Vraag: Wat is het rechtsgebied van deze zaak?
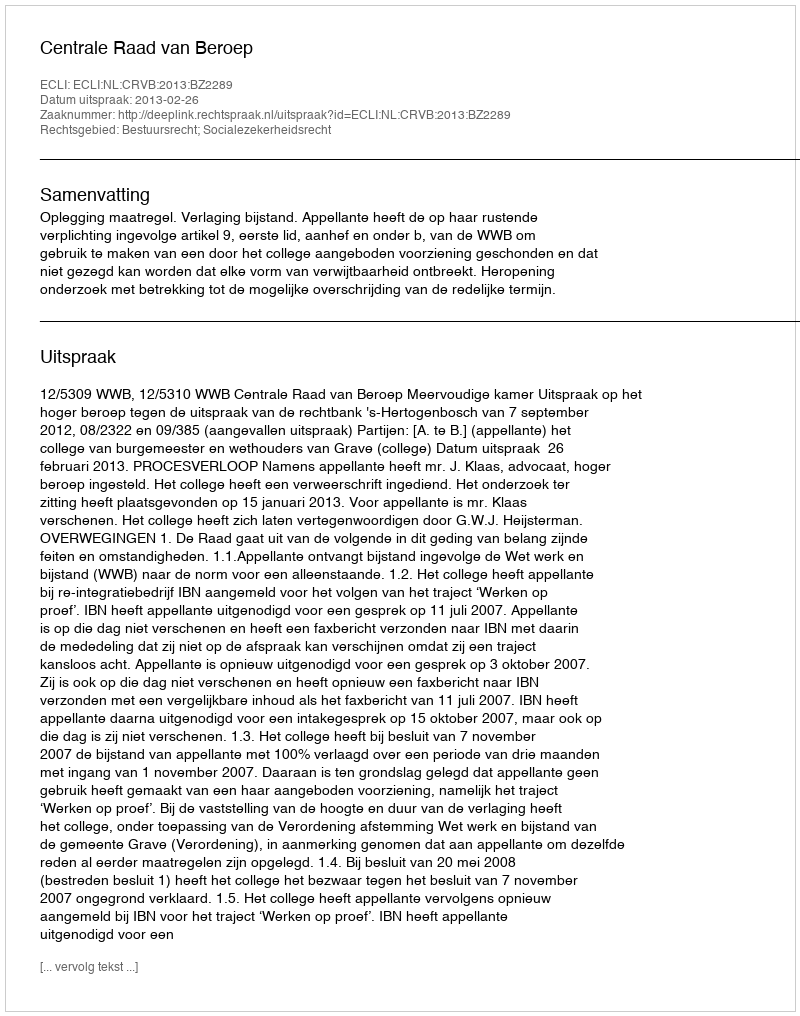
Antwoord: Bestuursrecht; Socialezekerheidsrecht